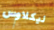
نيكلاوس